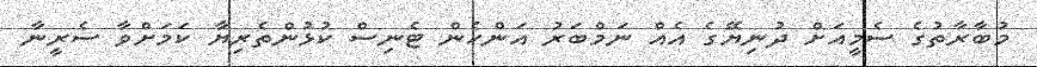
މުބާރާތުގެ ސެމީއަށް ދުނިޔޭގެ އެއް ނަމްބަރު އަންހެން ޓެނިސް ކުޅުންތެރިޔާ ކަމަށްވާ ސެރީނާ